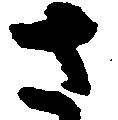
さ